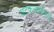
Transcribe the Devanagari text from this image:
अटकलबाजियाँ